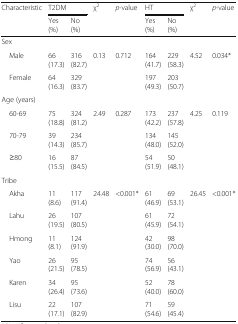
<table><thead><tr><td rowspan="2"><b>Characteristic</b></td><td colspan="2"><b>T2DM</b></td><td rowspan="2"><b>χ<sup>2</sup></b></td><td rowspan="2"><b><i>p</i>-value</b></td><td colspan="2"><b>HT</b></td><td rowspan="2"><b>χ<sup>2</sup></b></td><td rowspan="2"><b><i>p</i>-value</b></td></tr><tr><td><b>Yes (%)</b></td><td><b>No (%)</b></td><td><b>Yes (%)</b></td><td><b>No (%)</b></td></tr></thead><tbody><tr><td colspan="9">Sex</td></tr><tr><td> Male</td><td>66 (17.3)</td><td>316 (82.7)</td><td>0.13</td><td>0.712</td><td>164 (41.7)</td><td>229 (58.3)</td><td>4.52</td><td>0.034*</td></tr><tr><td> Female</td><td>64 (16.3)</td><td>329 (83.7)</td><td></td><td></td><td>197 (49.3)</td><td>203 (50.7)</td><td></td><td></td></tr><tr><td colspan="9">Age (years)</td></tr><tr><td> 60-69</td><td>75 (18.8)</td><td>324 (81.2)</td><td>2.49</td><td>0.287</td><td>173 (42.2)</td><td>237 (57.8)</td><td>4.25</td><td>0.119</td></tr><tr><td> 70-79</td><td>39 (14.3)</td><td>234 (85.7)</td><td></td><td></td><td>134 (48.0)</td><td>145 (52.0)</td><td></td><td></td></tr><tr><td> ≥80</td><td>16 (15.5)</td><td>87 (84.5)</td><td></td><td></td><td>54 (51.9)</td><td>50 (48.1)</td><td></td><td></td></tr><tr><td colspan="9">Tribe</td></tr><tr><td> Akha</td><td>11 (8.6)</td><td>117 (91.4)</td><td>24.48</td><td>&lt;0.001*</td><td>61 (46.9)</td><td>69 (53.1)</td><td>26.45</td><td>&lt;0.001*</td></tr><tr><td> Lahu</td><td>26 (19.5)</td><td>107 (80.5)</td><td></td><td></td><td>61 (45.9)</td><td>72 (54.1)</td><td></td><td></td></tr><tr><td> Hmong</td><td>11 (8.1)</td><td>124 (91.9)</td><td></td><td></td><td>42 (30.0)</td><td>98 (70.0)</td><td></td><td></td></tr><tr><td> Yao</td><td>26 (21.5)</td><td>95 (78.5)</td><td></td><td></td><td>74 (56.9)</td><td>56 (43.1)</td><td></td><td></td></tr><tr><td> Karen</td><td>34 (26.4)</td><td>95 (73.6)</td><td></td><td></td><td>52 (40.0)</td><td>78 (60.0)</td><td></td><td></td></tr><tr><td> Lisu</td><td>22 (17.1)</td><td>107 (82.9)</td><td></td><td></td><td>71 (54.6)</td><td>59 (45.4)</td><td></td><td></td></tr></tbody></table>